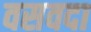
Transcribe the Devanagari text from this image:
वसवदा